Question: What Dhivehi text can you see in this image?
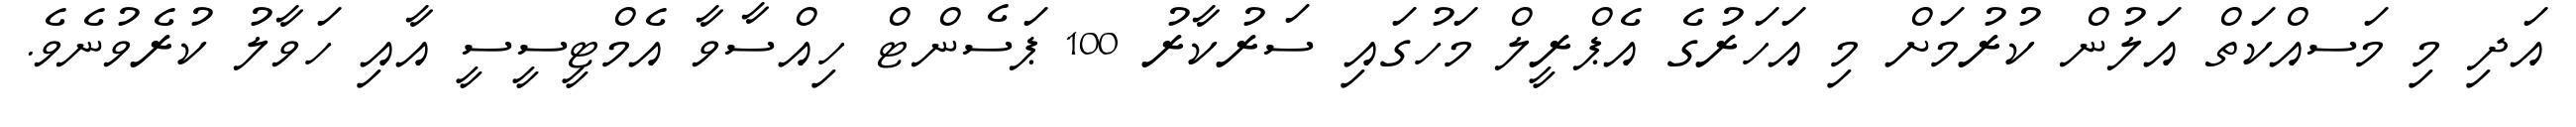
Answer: އަދި މި މަސއްކަތް އަލުން ކުރުމަށް މި އަހަރުގެ އެޕްރީލް މަހުގައި ސަރުކާރު 100 ޕަސެންޓް ހިއްސާވާ އެމްޓީސީސީ އާއި ހަވާލު ކުރެވުނެވެ.